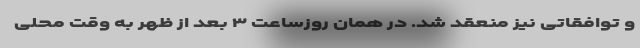
و توافقاتی نیز منعقد شد. در همان روزساعت ۳ بعد از ظهر به وقت محلی